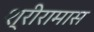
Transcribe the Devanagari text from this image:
श्रीरामास